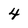
Character: 4